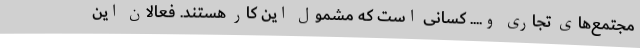
مجتمع‌های تجاری و.... کسانی است که مشمول این کار هستند. فعالان این